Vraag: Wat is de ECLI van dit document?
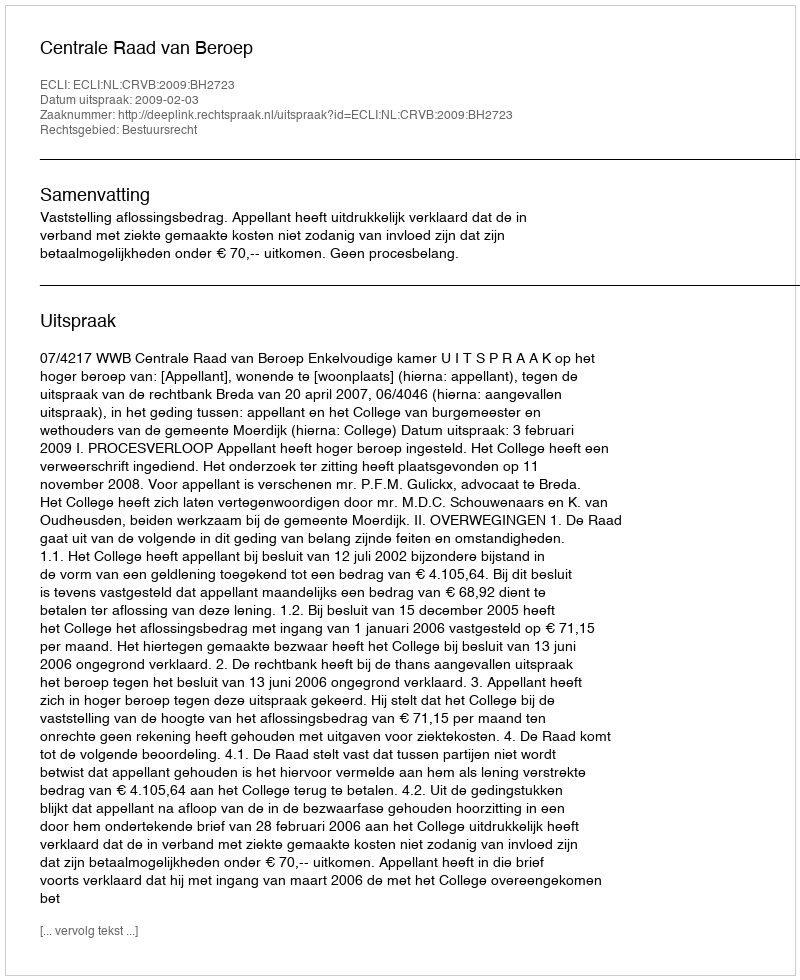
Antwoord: ECLI:NL:CRVB:2009:BH2723